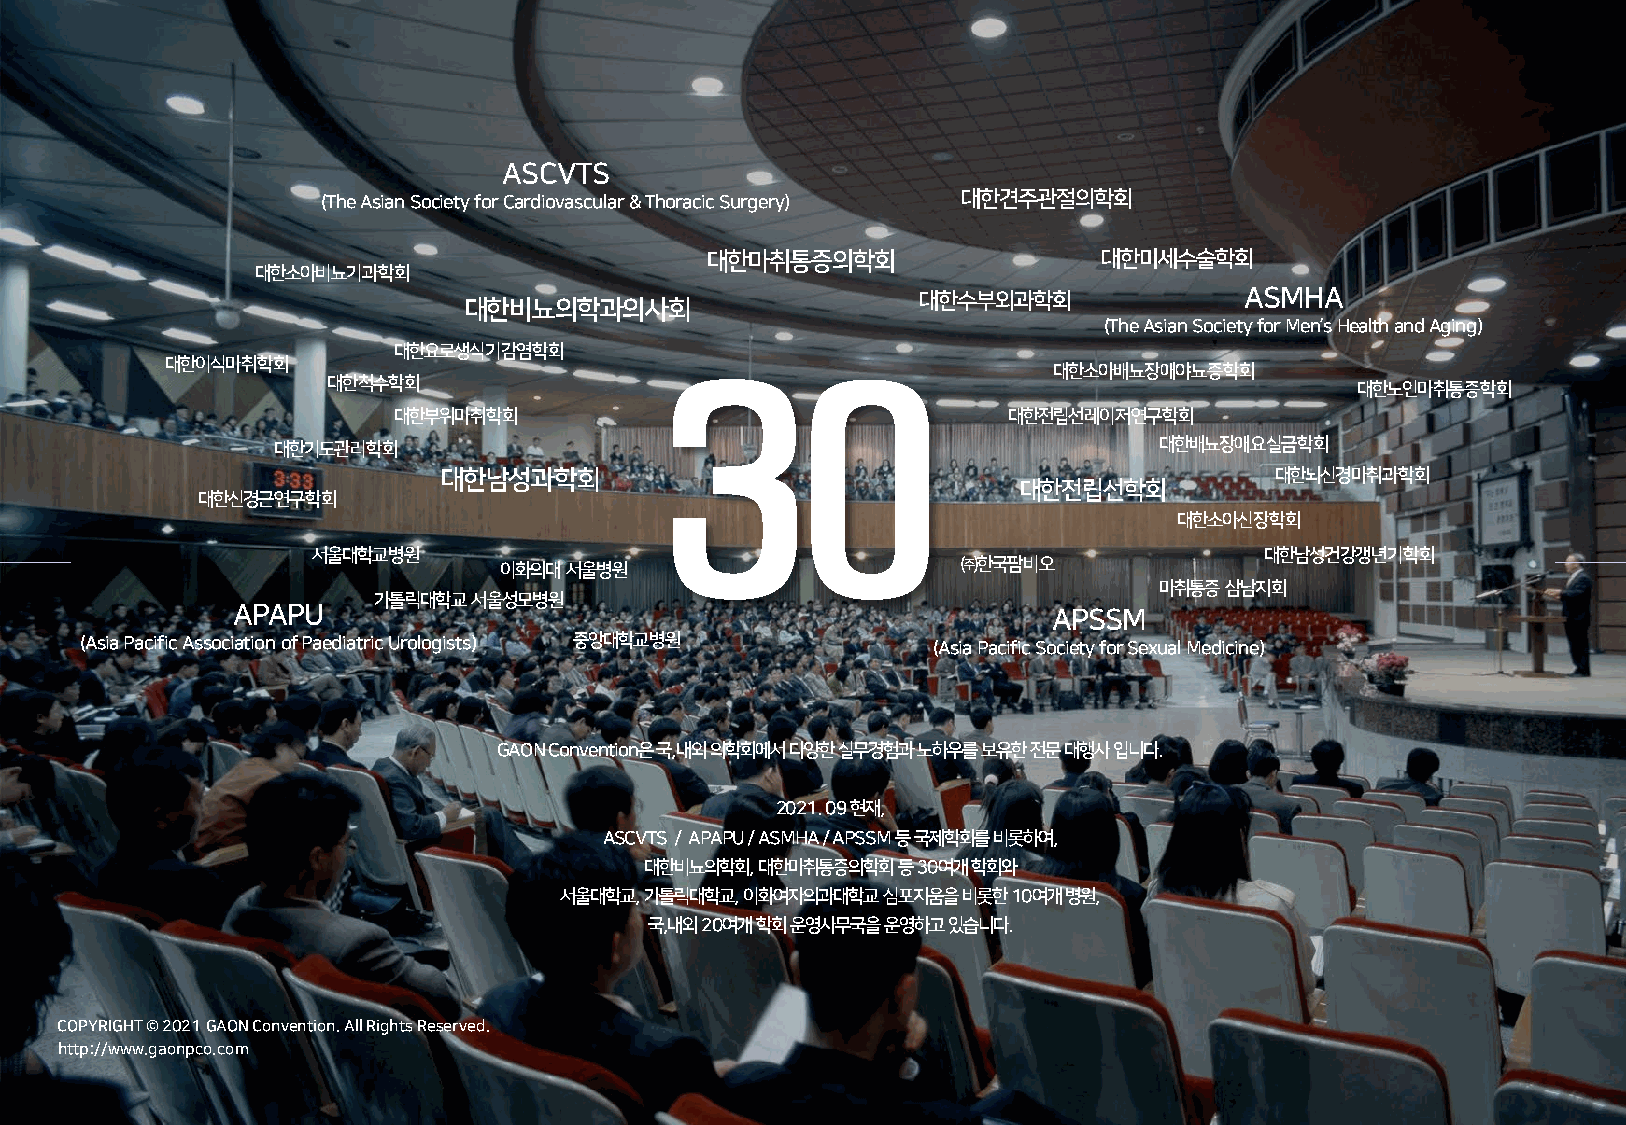
ASCVTS
 (The Asian Society for Cardiovascular & Thoracic Surgery) 대한견주관절의학회
 대한마취통증의학회                 대한미세수술학회
 대한소아비뇨기과학회
 대한수부외과학회             ASMHA
 대한비뇨의학과의사회
 (The Asian Society for Men’s Health and Aging)
 대한요로생식기감염학회
 대한이식마취학회
 대한소아배뇨장애야뇨증학회
 대한척수학회                30                                            대한노인마취통증학회
 대한부위마취학회                                 대한전립선레이저연구학회
 대한기도관리학회                                                   대한배뇨장애요실금학회
 대한남성과학회                                                대한뇌신경마취과학회
 대한전립선학회
 대한신경근연구학회
 대한소아신장학회
 서울대학교병원                                                        대한남성건강갱년기학회
 ㈜한국팜비오
 이화의대서울병원
 마취통증삼남지회
 가톨릭대학교서울성모병원
 APAPU                                                  APSSM
 (Asia Pacific Association of Paediatric Urologists) 중앙대학교병원 (Asia Pacific Society for Sexual Medicine)
 GAON Convention은국,내외의학회에서다양한실무경험과노하우를보유한전문대행사입니다.
 2021. 09 현재,
 ASCVTS / APAPU / ASMHA / APSSM 등국제학회를비롯하여,
 대한비뇨의학회, 대한마취통증의학회등30여개학회와
 서울대학교, 가톨릭대학교, 이화여자의과대학교심포지움을비롯한10여개병원,
 국,내외20여개학회운영사무국을운영하고있습니다.
 COPYRIGHT © 2021 GAON Convention. All Rights Reserved.
 http://www.gaonpco.com